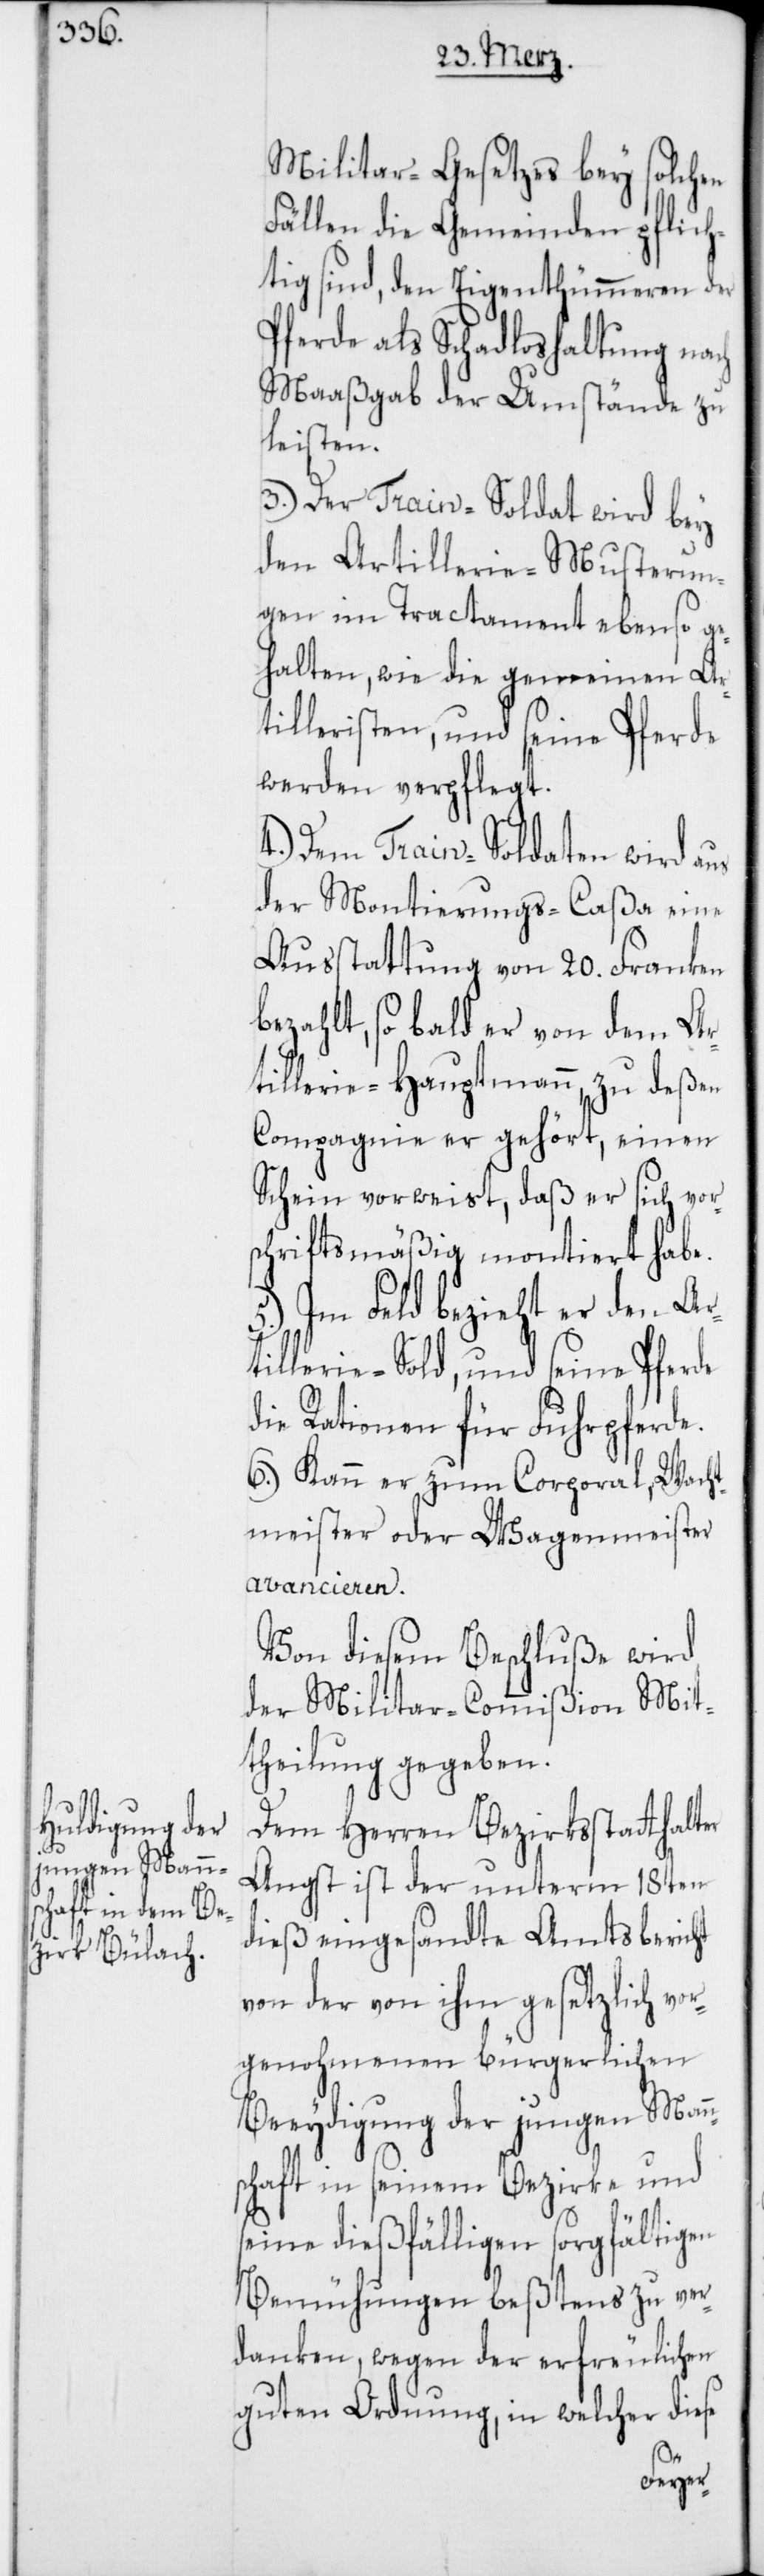
Militar-Gesetzes bey solchen
Fällen die Gemeinden pflich¬
tig sind, den Eigenthümeren der
Pferde als Schadloshaltung nach
Maaßgab der Umstände zu
leisten.
3.) Der Train-Soldat wird bey
den Artillerie-Musterun¬
gen im Tractament ebenso ge¬
halten, wie die gemeinen Ar¬
tilleristen, und seine Pferde
werden verpflegt.
4.) Dem Train-Soldaten wird aus
der Montierungs-Caßa eine
Ausstattung von 20. Franken
bezahlt, so bald er von dem Ar¬
tillerie-Hauptmann, zu deßen
Compagnie er gehört, einen
Schein vorweist, daß er sich vors¬
chriftsmäßig montiert habe.
5.) Im Feld bezieht er den Ar¬
tillerie-Sold, und seine Pferde
die Rationen für Fuhrpferde.
6.) Kann er zum Corporal, Wacht¬
meister oder Wagenmeister
avancieren.
Von diesem Beschluße wird
der Militar-Commißion Mit¬
theilung gegeben.
Dem Herren Bezirksstatthalter
Angst ist der unterm 18ten
dieß eingesandte Amtsbericht
von der von ihm gesetzlich vor¬
genohmenen bürgerlichen
Beeydigung der jungen Mann¬
schaft in seinem Bezirke und
seine dießfälligen sorgfältigen
Bemühungen beßtens zu ver¬
danken, wegen der erfreulichen
guten Ordnung, in welcher diese